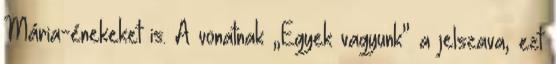
Mária-énekeket is. A vonatnak „Egyek vagyunk” a jelszava, ezt